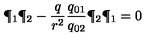
\P _ { 1 } \P _ { 2 } - { \frac { q } { r ^ { 2 } } } { \frac { q _ { 0 1 } } { q _ { 0 2 } } } \P _ { 2 } \P _ { 1 } = 0